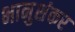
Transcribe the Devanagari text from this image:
भानुशंकर